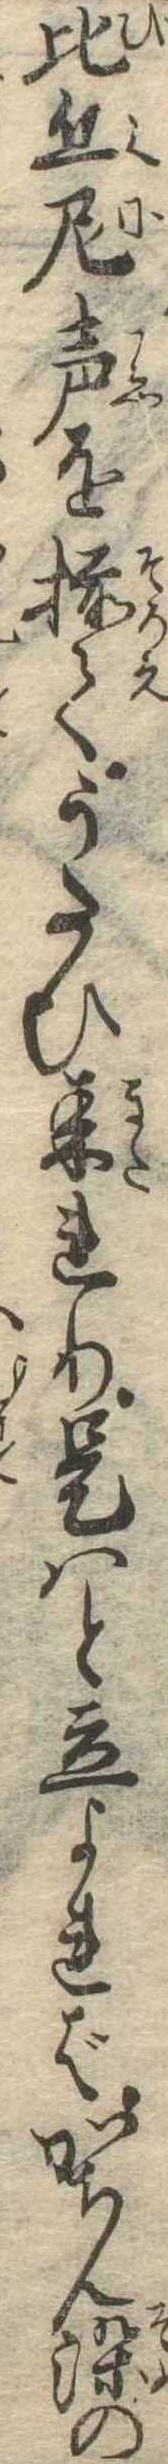
比丘尼声を揃てうたひ来れり是はと立よればかちん染の